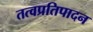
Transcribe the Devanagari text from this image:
तत्वप्रतिपादन